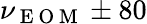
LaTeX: \nu_{\mathrm{~E~O~M~}}\pm 80